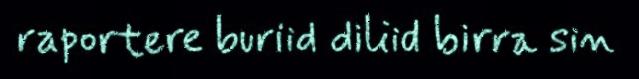
raportere buriid diliid birra sin